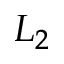
L _ { 2 }